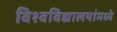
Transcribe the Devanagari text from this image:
विश्वविद्यालयांमध्ये